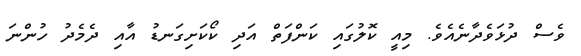
ވެސް ދުޅަވެދާނެއެވެ. މިއީ ކޮލުގައި ކަންފަތް އަދި ކޯކަށިގަނޑު އާއި ދެމެދު ހުންނަ